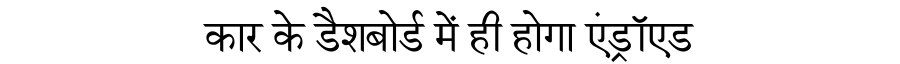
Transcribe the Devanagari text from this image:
कार के डैशबोर्ड में ही होगा एंड्रॉएड